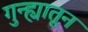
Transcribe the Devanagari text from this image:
गुन्ह्यातून